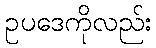
ဥပဒေကိုလည်း